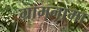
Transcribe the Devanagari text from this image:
ग्रामनामा